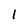
Character: l